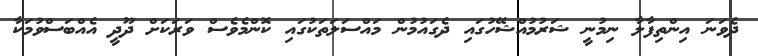
ދެވަނަ އިންތިފާލާ ނިމުނީ ޝަރުމުއްޝޭހުގައި ދެގައުމުން މައްސަލަތަކުގައި ކޮންމެވެސް ވަރަކަށް ދޫދީ އެއްބަސްވުމަކާ